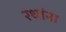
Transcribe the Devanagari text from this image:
रथांना